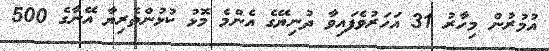
އުމުރުން މިހާރު 31 އަހަރުވެފައިވާ ދުނިޔޭގެ އެންމެ މޮޅު ކުޅުންތެރިޔާ އޭނާގެ 500